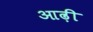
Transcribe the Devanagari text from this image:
आढ़ी